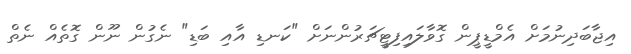
އިޖާބަދިނުމަށް އެމްޑީޕީން ގޮވާލައިފިޓީޗަރުންނަށް "ކަނޑި އާއި ބަޑި" ނެގުން ނޫން ގޮތެއް ނެތް